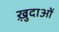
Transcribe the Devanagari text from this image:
ख़़ुदाओं